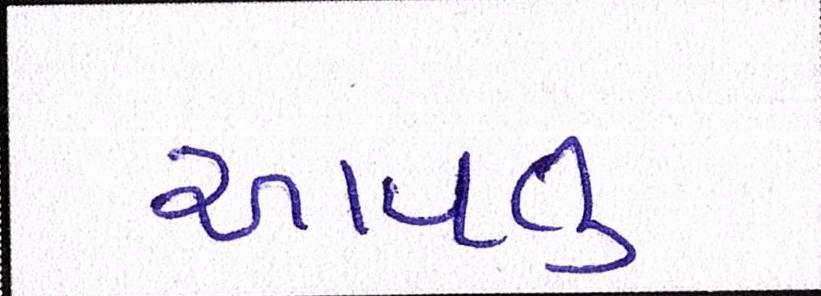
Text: આવતુ